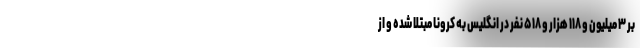
بر ۳ میلیون و ۱۱۸ هزار و ۵۱۸ نفر در انگلیس به کرونا مبتلا شده و از